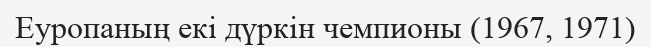
Еуропаның екі дүркін чемпионы (1967, 1971)